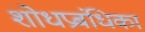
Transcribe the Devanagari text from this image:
शोधप्रबंधिका